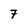
Character: 7